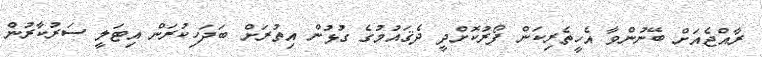
ރާއްޖެއަށް ބޭނުންވާ އެހީތެރިކަން ފޯރުކޮށްދީ ދެޤައުމުގެ ގުޅުން އިތުރަށް ބަދަހިކުރަން އިޓަލީ ސަރުކާރުން